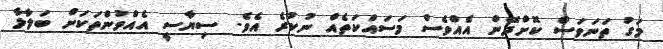
މަގު ތަނަވަސް ކޮށްދޭން އެއްވެސް މަސައްކަތެއް ނުކުރެ އެވެ. ސިޔާސީ އެއްވުންތަކަށް ބަލާލާ